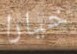
خيارا